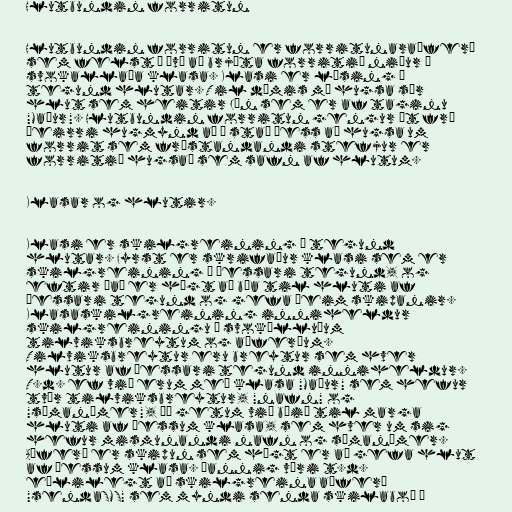
Hlutbundin forritun

Hlutbundin forritun er forritunaraðferð
sem felst í því að brjóta forritið niður í
svokallaða klasa. Klasi er lýsing á
tegund hlutar. Til dæmis má hugsa sér
hlut sem heitir Jón sem er af taginu
"Maður". Hlutbundin forritun gengur út frá
þeirri hugmynd að í stað þess að hugsa um
forrit sem frístandandi stefjur er
forritið hugsað sem safn af hlutum.

Klasar og hlutir.

Klasi er skilgreining á tegund
hlutar. Fyrst er skrifaður klasi sem er
skilgreining á þessari tegund, og
eftir það er hægt að búa til hluti af
þessari tegund og gefa þeim skipanir.
Klasaskilgreining inniheldur
skilgreiningu á svokölluðum
tilviksbreytum og aðferðum.
Tilviksbreytur eru breytur sem hver
hlutur af þessari tegund inniheldur.
T.d. ef við erum með klasa "Maður" sem hefur
tvær tilviksbreytur, "nafn" og
"símanúmer", þá getum við búið til marga
hluti af þessum klasa, sem hver um sig
hefur mismunandi nafn og símanúmer.
Aðferð er skipun sem hægt er að gefa hlut
af þessum klasa. Þannig væri t.d.
eðlilegt að skilgreina aðferð
"sendaSMS" sem myndi senda skilaboð á